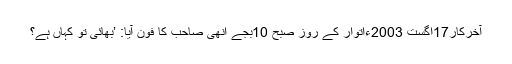
آخرکار17اگست 2003ءاتوار کے روز صبح 10بجے انھی صاحب کا فون آیا: ’بھائی تو کہاں ہے؟